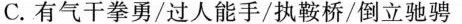
C.有气干拳勇/过人能手/执鞍桥/倒立驰骋